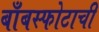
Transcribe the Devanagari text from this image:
बाँबस्फोटाची